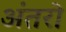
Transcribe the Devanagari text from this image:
अंतरो